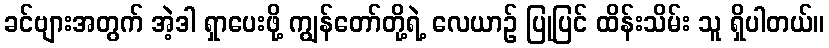
ခင်ဗျားအတွက် အဲ့ဒါ ရှာပေးဖို့ ကျွန်တော်တို့ရဲ့ လေယာဉ် ပြုပြင် ထိန်းသိမ်း သူ ရှိပါတယ်။